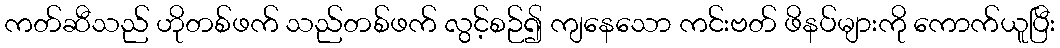
ကတ်ဆီသည် ဟိုတစ်ဖက် သည်တစ်ဖက် လွင့်စဉ်၍ ကျနေသော ကင်းဗတ် ဖိနပ်များကို ကောက်ယူပြီး